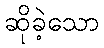
ဆိုခဲ့သော